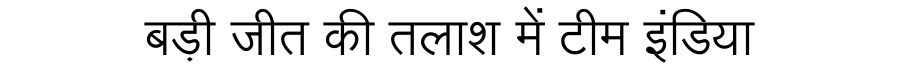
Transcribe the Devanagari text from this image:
बड़ी जीत की तलाश में टीम इंडिया